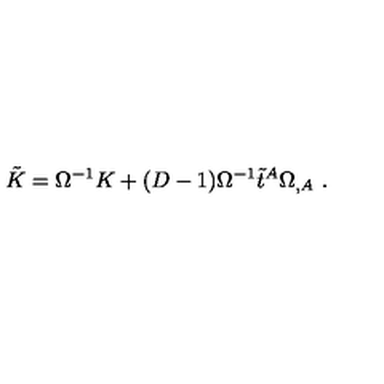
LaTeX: \tilde { K } = \Omega ^ { - 1 } K + ( D - 1 ) \Omega ^ { - 1 } \tilde { t } ^ { A } \Omega _ { , A } \ .